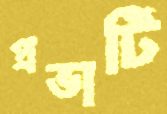
প্রভার্টি